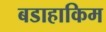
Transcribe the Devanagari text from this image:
बडाहाकिम